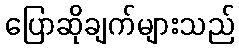
ပြောဆိုချက်များသည်